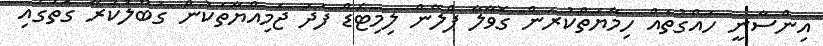
އިންސާނީ ހައްގުތައް ހިމާޔަތްކުރަން ގޮވާލާ ޕްލޭން ލިމިޓެޑް ފަދަ ޖަމިއްޔާތަކުން ގަބޫލުކުރާ ގޮތުގައި